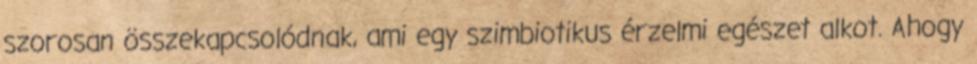
szorosan összekapcsolódnak, ami egy szimbiotikus érzelmi egészet alkot. Ahogy